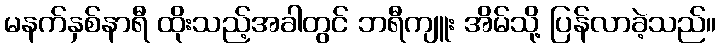
မနက်နှစ်နာရီ ထိုးသည့်အခါတွင် ဘရီကျူး အိမ်သို့ ပြန်လာခဲ့သည်။